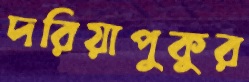
দরিয়াপুকুর